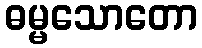
ဓမ္မသောတော